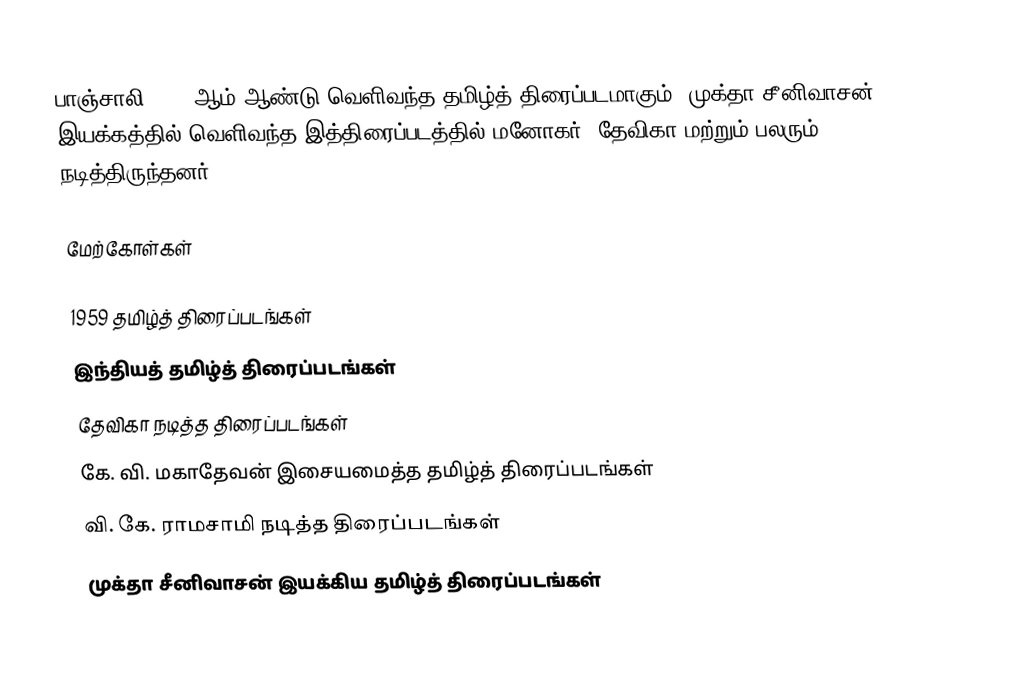
பாஞ்சாலி 1959 ஆம் ஆண்டு வெளிவந்த தமிழ்த் திரைப்படமாகும். முக்தா சீனிவாசன் இயக்கத்தில் வெளிவந்த இத்திரைப்படத்தில் மனோகர், தேவிகா மற்றும் பலரும் நடித்திருந்தனர்.

மேற்கோள்கள்

1959 தமிழ்த் திரைப்படங்கள்
இந்தியத் தமிழ்த் திரைப்படங்கள்
தேவிகா நடித்த திரைப்படங்கள்
கே. வி. மகாதேவன் இசையமைத்த தமிழ்த் திரைப்படங்கள்
வி. கே. ராமசாமி நடித்த திரைப்படங்கள்
முக்தா சீனிவாசன் இயக்கிய தமிழ்த் திரைப்படங்கள்